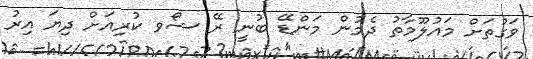
ވަގުތަށް މައުލޫމާތު ދެމުން މަންޑޭ ބުނީ ރޭ ޝޯވ ކުރިއަށް ދިޔަ އިރު